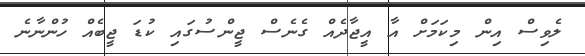
ލެވިސް އިން މިކަމަށް އާ އީޖާދެއް ގެނެސް ޖީންސުގައި ކުޑަ ޖީބެއް ހުންނާނެ